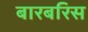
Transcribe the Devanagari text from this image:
बारबरिस